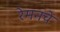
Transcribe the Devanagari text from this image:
रेमनचे